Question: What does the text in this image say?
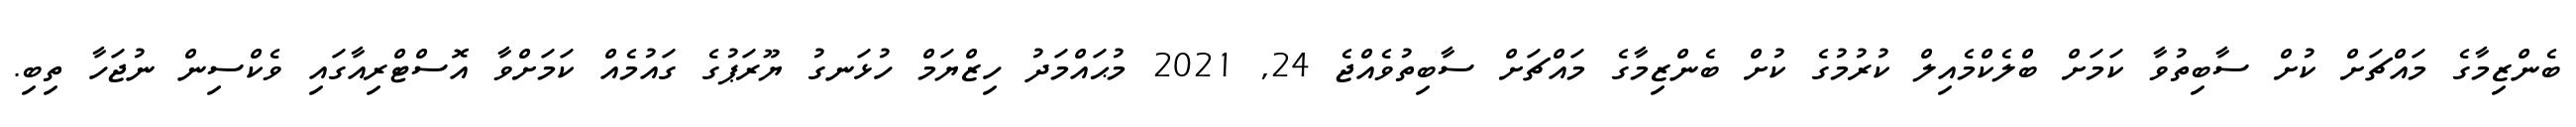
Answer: ބެންޒިމާގެ މައްޗަށް ކުށް ސާބިތުވާ ކަމަށް ބްލެކްމެއިލް ކުރުމުގެ ކުށް ބެންޒިމާގެ މައްޗަށް ސާބިތުވެއްޖެ 24, 2021 މުޙައްމަދު ހިޒްޔަމް ހުޅަނގު ޔޫރަޕުގެ ގައުމެއް ކަމަށްވާ އޮސްޓްރިއާގައި ވެކްސިން ނުޖަހާ ތިބި.